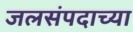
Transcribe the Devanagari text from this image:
जलसंपदाच्या